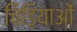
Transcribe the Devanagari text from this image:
चिड़ियाओं